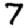
Digit: 7